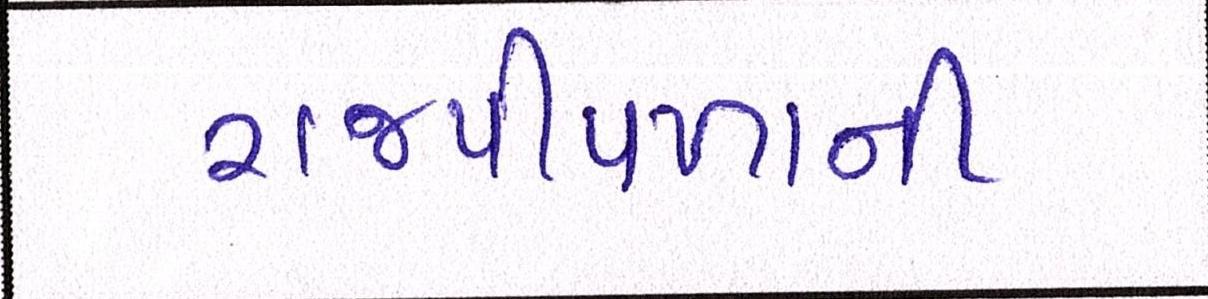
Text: રાજપીપળાની